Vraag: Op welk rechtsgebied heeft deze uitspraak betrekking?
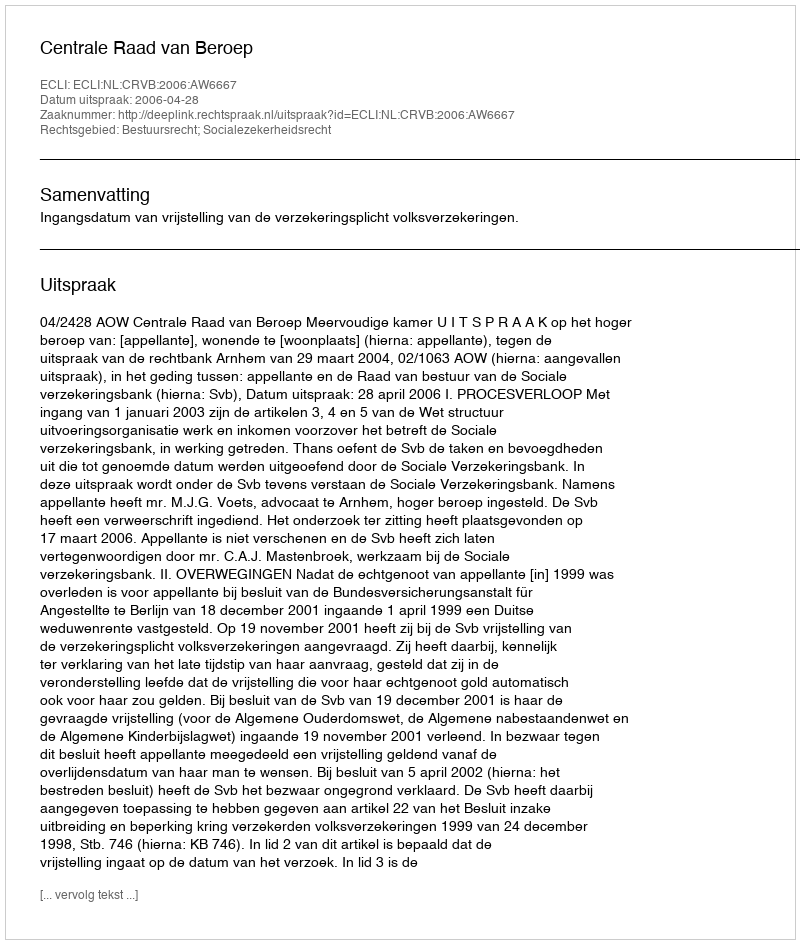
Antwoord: Bestuursrecht; Socialezekerheidsrecht